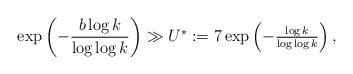
LaTeX: \begin{align*}\exp\left(-\frac{b\log k}{\log\log k}\right)\gg U^*:=7\exp\left(-\tfrac{\log k}{\log\log k}\right),\end{align*}